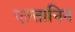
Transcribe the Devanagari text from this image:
एल्तानिन